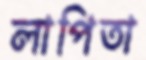
লাপিতা